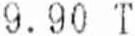
9.90 T